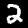
Label: 2